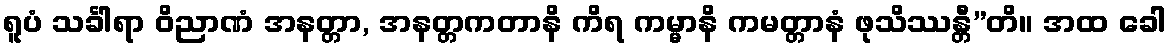
ရူပံ သင်္ခါရာ ဝိညာဏံ အနတ္တာ, အနတ္တကတာနိ ကိရ ကမ္မာနိ ကမတ္တာနံ ဖုသိဿန္တီ”တိ။ အထ ခေါ